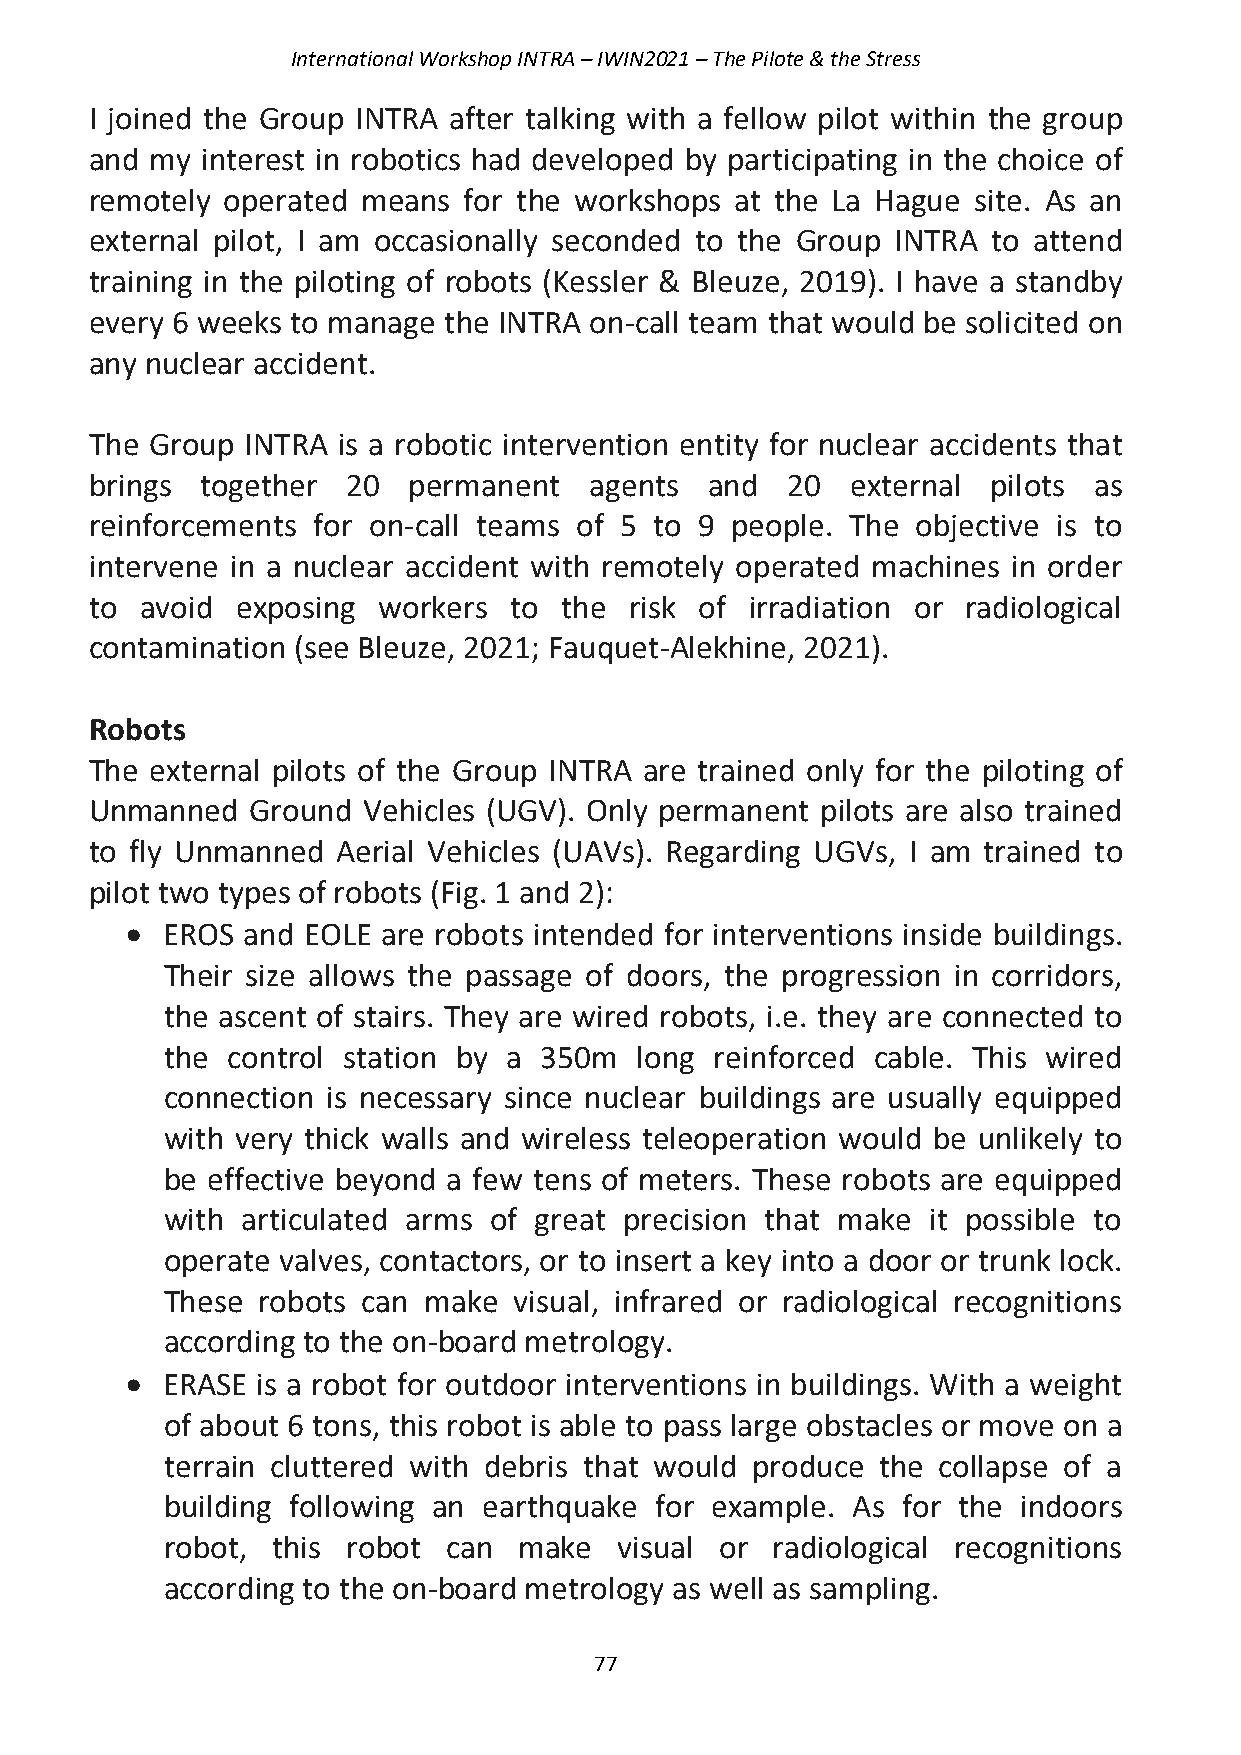
International Workshop INTRA – IWIN2021 – The Pilote & the Stress
 I joined the Group INTRA after talking with a fellow pilot within the group
 and my interest in robotics had developed by participating in the choice of
 remotely operated means  for the workshops at the La Hague site. As an
 external pilot, I am occasionally seconded to the Group INTRA to attend
 training in the piloting of robots (Kessler & Bleuze, 2019). I have a standby
 every 6 weeks to manage the INTRA on-call team that would be solicited on
 any nuclear accident.
 The Group INTRA is a robotic intervention entity for nuclear accidents that
 brings together  20  permanent   agents  and  20  external  pilots as
 reinforcements for on-call teams of 5 to 9 people. The objective is to
 intervene in a nuclear accident with remotely operated machines in order
 to avoid  exposing workers  to the  risk of irradiation or radiological
 contamination (see Bleuze, 2021; Fauquet-Alekhine, 2021).
 Robots
 The external pilots of the Group INTRA are trained only for the piloting of
 Unmanned   Ground Vehicles (UGV). Only permanent pilots are also trained
 to fly Unmanned Aerial Vehicles (UAVs). Regarding UGVs, I am trained to
 pilot two types of robots (Fig. 1 and 2):
 •  EROS and EOLE are robots intended for interventions inside buildings.
 Their size allows the passage of doors, the progression in corridors,
 the ascent of stairs. They are wired robots, i.e. they are connected to
 the control station by a 350m  long reinforced cable. This wired
 connection is necessary since nuclear buildings are usually equipped
 with very thick walls and wireless teleoperation would be unlikely to
 be effective beyond a few tens of meters. These robots are equipped
 with articulated arms of great precision that make it possible to
 operate valves, contactors, or to insert a key into a door or trunk lock.
 These robots can make  visual, infrared or radiological recognitions
 according to the on-board metrology.
 •  ERASE is a robot for outdoor interventions in buildings. With a weight
 of about 6 tons, this robot is able to pass large obstacles or move on a
 terrain cluttered with debris that would produce the collapse of a
 building following an earthquake for example. As for the indoors
 robot, this robot  can make   visual or radiological recognitions
 according to the on-board metrology as well as sampling.
 77